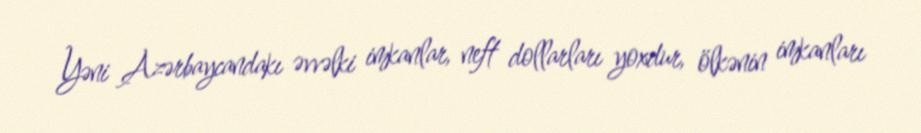
Yəni Azərbaycandakı əvvəlki imkanlar, neft dollarları yoxdur, ölkənin imkanları